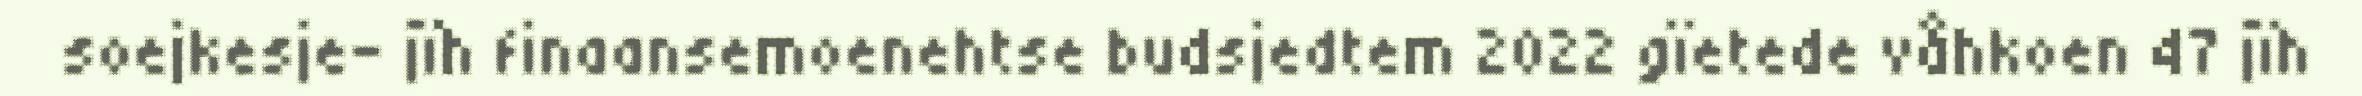
soejkesje- jïh finaansemoenehtse budsjedtem 2022 gïetede våhkoen 47 jïh